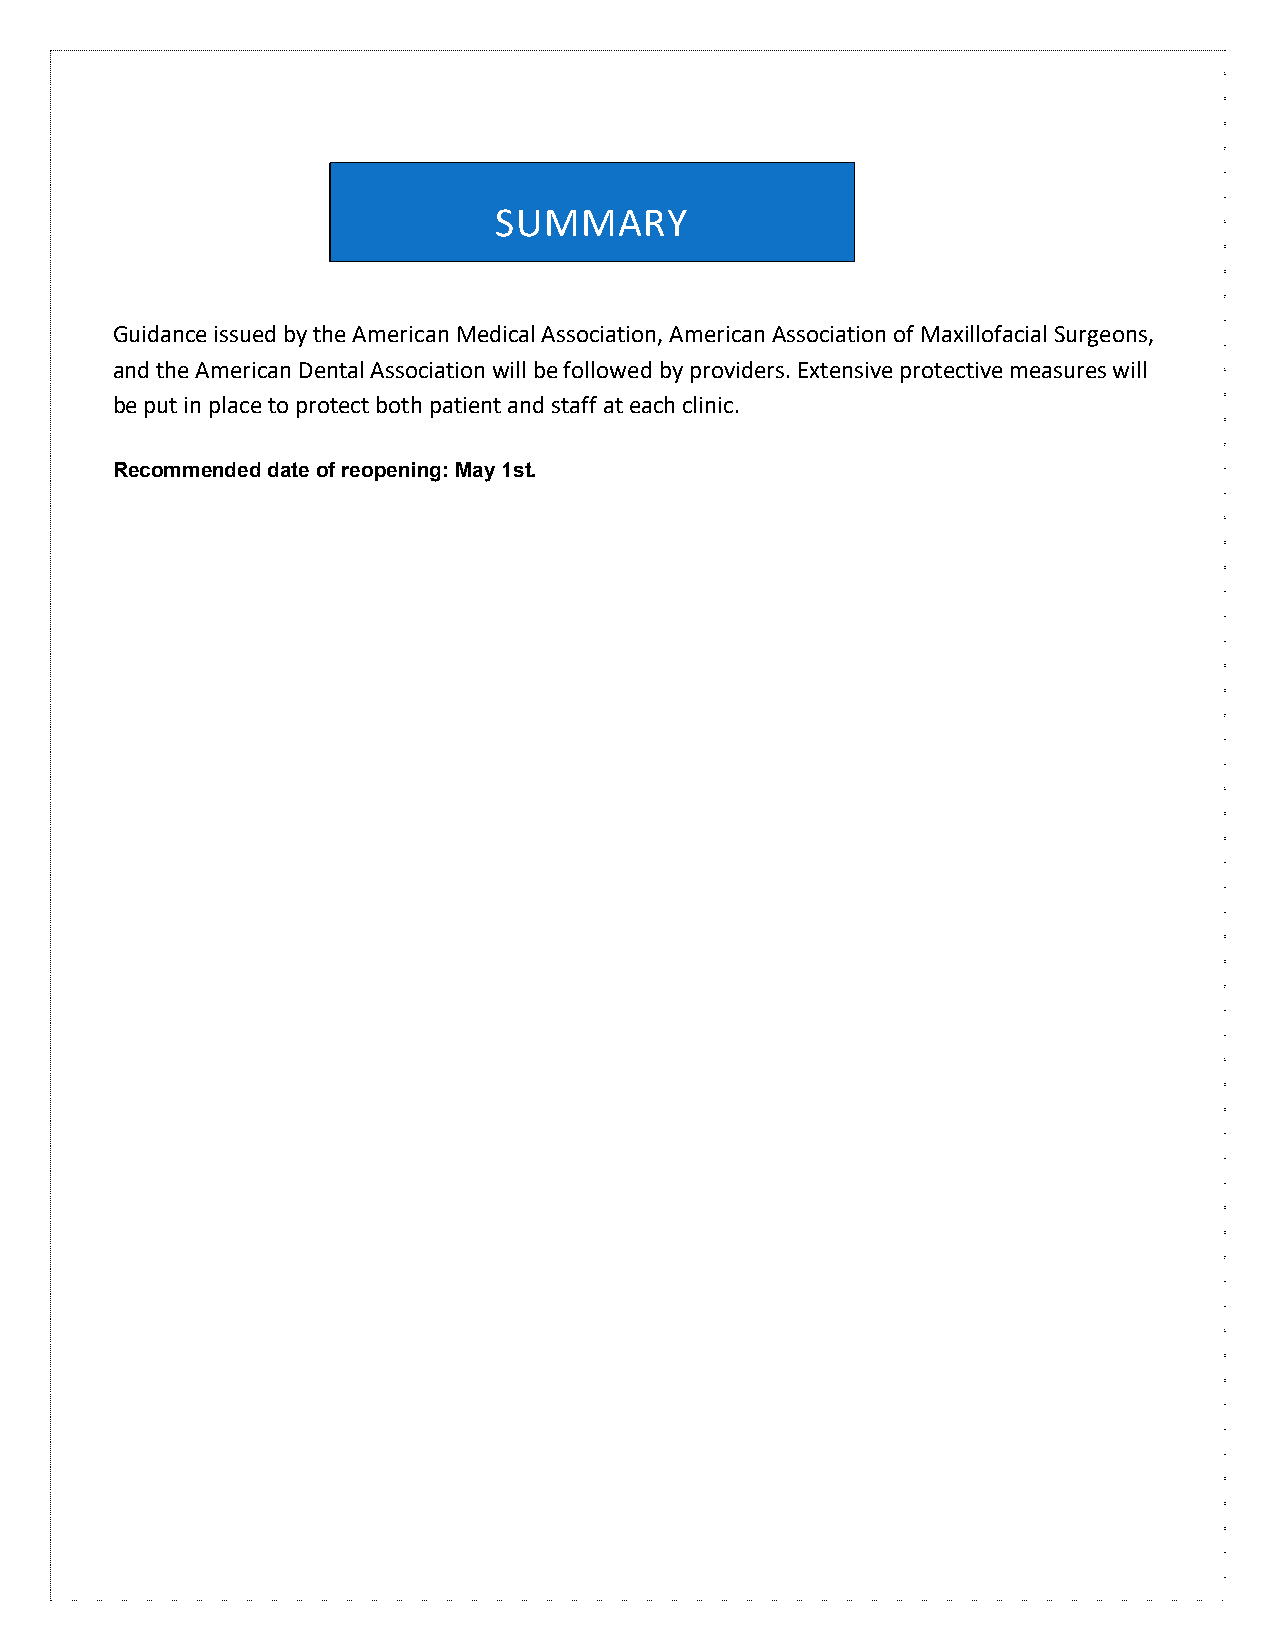
SUMMARY
 Guidance issued by the American Medical Association, American Association of Maxillofacial Surgeons,
 and the American Dental Association will be followed by providers. Extensive protective measures will
 be put in place to protect both patient and staff at each clinic.
 Recommended date of reopening: May 1st.